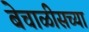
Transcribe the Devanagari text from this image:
बेचाळीसच्या